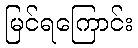
မြင်ရကြောင်း